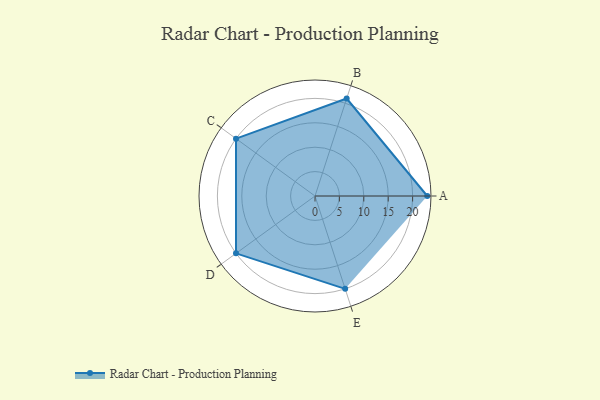
{"axis": {"x": "Skill", "y": "Score"}, "legend": ["Profile"], "data": [{"x": "A", "y": 23.0, "type": "Profile"}, {"x": "B", "y": 21.0, "type": "Profile"}, {"x": "C", "y": 20, "type": "Profile"}, {"x": "D", "y": 20, "type": "Profile"}, {"x": "E", "y": 20, "type": "Profile"}]}